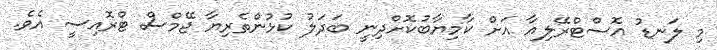
މި ލަނޑު އޮސްޓްރޭލިއާ އަށް ކާމިޔާބުކޮށްދިނީ ބަދަލު ކުޅުންތެރިޔާ ޖޭމްސް ޓްރޮއިސީ އެވެ.